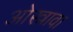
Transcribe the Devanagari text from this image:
ओस्त्रावा